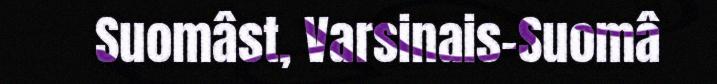
Suomâst, Varsinais-Suomâ